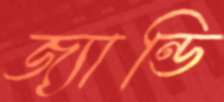
জ্যান্ডি